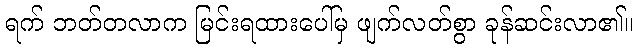
ရက် ဘတ်တလာက မြင်းရထားပေါ်မှ ဖျက်လတ်စွာ ခုန်ဆင်းလာ၏။